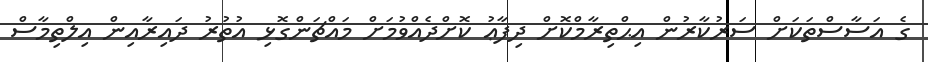
ގެ އަސާސްތަކަށް ސަރުކާރުން އިޙްތިރާމްކޮށް ދިފާޢު ކޮށްދެއްވުމަށް މައްޗަންގޮޅި އުތުރު ދައިރާއިން އިލްތިމާސް